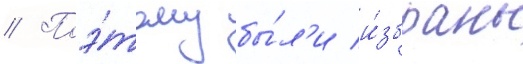
// Поэ́тому бы́л'и и́збраны